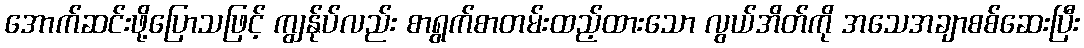
အောက်ဆင်းဖို့ပြောသဖြင့် ကျွန်ုပ်လည်း စာရွက်စာတမ်းထည့်ထားသော လွယ်အိတ်ကို အသေအချာစစ်ဆေးပြီး